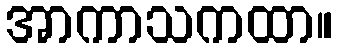
အာကာသကထာ။